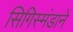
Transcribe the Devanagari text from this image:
सिगिस्मंडाने